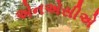
એનએસીએ